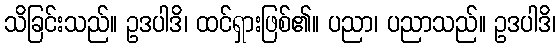
သိခြင်းသည်။ ဥဒပါဒိ၊ ထင်ရှားဖြစ်၏။ ပညာ၊ ပညာသည်။ ဥဒပါဒိ၊